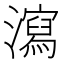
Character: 瀉